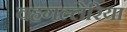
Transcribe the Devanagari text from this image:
वहगल्लेरिया